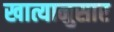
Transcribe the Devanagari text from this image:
खात्यानुसार